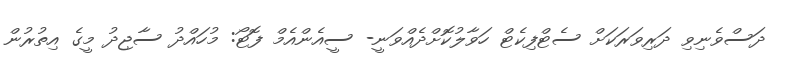
ދަސްވެނިވި ދަރިވަރަކަށް ސެޓްފިކެޓް ހަވާލުކޮށްދެއްވަނީ- ސީއެންއެމް ފޮޓޯ: މުހައްދު ސާޖިދު މީގެ އިތުރުން